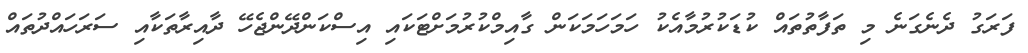
ފަރަގު ދެނެގަނެ މި ތަފާތުތައް ކުޑަކުރުމާއެކު ހަމަހަމަކަން ގާއިމްކުރުމަށްޓަކައި އިސްކަންދޭންޖެހޭ ދާއިރާތަކާއި ސަރަހައްދުތައް